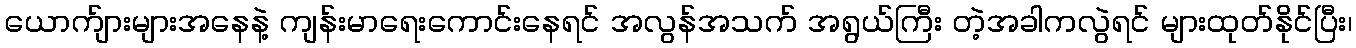
ယောက်ျားများအနေနဲ့ ကျန်းမာရေးကောင်းနေရင် အလွန်အသက် အရွယ်ကြီး တဲ့အခါကလွဲရင် များထုတ်နိုင်ပြီး၊